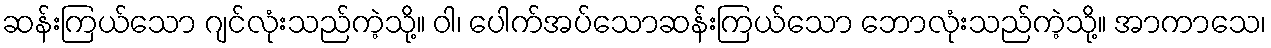
ဆန်းကြယ်သော ဂျင်လုံးသည်ကဲ့သို့။ ဝါ၊ ပေါက်အပ်သောဆန်းကြယ်သော ဘောလုံးသည်ကဲ့သို့။ အာကာသေ၊